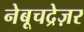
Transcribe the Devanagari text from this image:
नेबूचद्रेज़र